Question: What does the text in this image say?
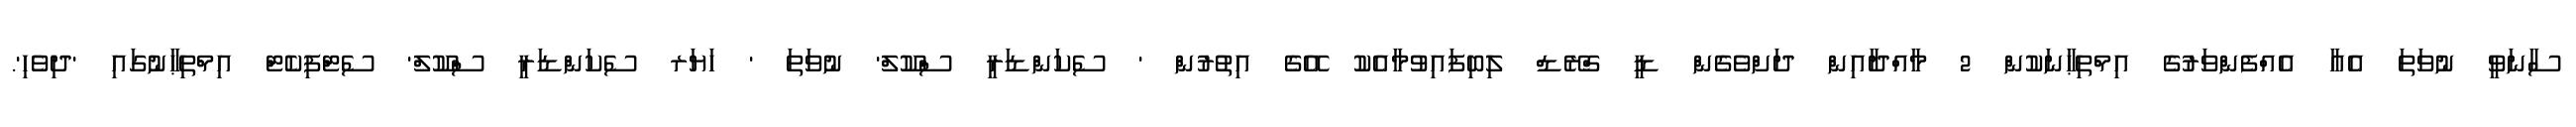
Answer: ސާނަވީ ނުވަތަ އެއާ އެއްފެންވަރުގެ އިމްތިޙާނަކުން 2 މާއްދާއިން ދަށްވެގެން ޑީ ގްރޭޑް ލިބިފައިވުމާއެކު އޭގެ އިތުރުން ' ސެކަންޑަރީ ސްކޫލް' ނުވަތަ ' ހަޔަރ ސެކަންޑަރީ ސްކޫލް' ސެޓްފިކެޓް އިމްތިޙާނުގައި 'ދިވެހި'.